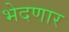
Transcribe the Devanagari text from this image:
भेदणार